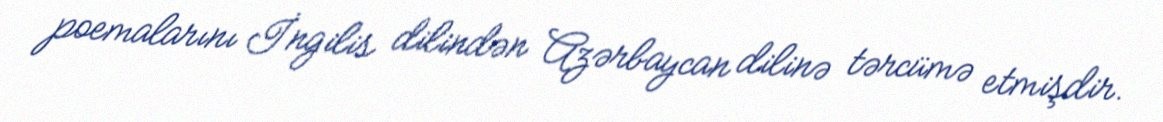
poemalarını İngilis dilindən Azərbaycan dilinə tərcümə etmişdir.